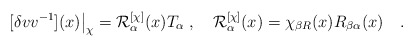
\begin{align*}[\delta v v^{-1}](x) \big|_\chi = {\cal R}^{[\chi]}_\alpha (x)T_\alpha\; ,\quad {\cal R}^{[\chi]}_\alpha (x) =\chi_{\beta R}(x)R_{\beta \alpha}(x)\quad .\end{align*}